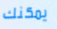
يمكنك